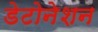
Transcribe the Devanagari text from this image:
डेटोनेशन